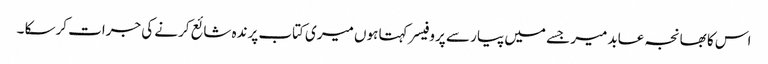
اس کا بھانجہ عابد میر جسے میں پیار سے پروفیسر کہتا ہوں میری کتاب پرندہ شائع کرنے کی جرات کرسکا ۔